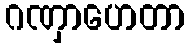
ဂဏှာဟေတာ